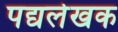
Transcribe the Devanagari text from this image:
पद्यलेखक